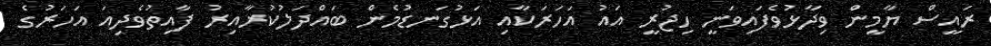
ރައީސް ޔާމީން ވިދާޅުވެފައިވަނީ ހިޖުރީ އައު އަހަރަކާއި އަޅުގަނޑުމެން ބައްދަލުކުރާއިރު ފާއިތުވެދިއަ އަހަރުގެ